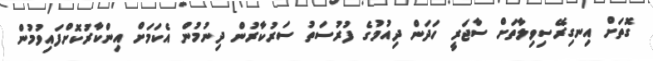
ގޮތަށް އިނގިރޭސިވިލާތަށް ސާޖަރީ ހަދަން ދިއުމުގެ ފުރުސަތު ސަރުކާރުން ދިނުމުން އެކަމަށް އިންކާރުކޮށްފައިވުމުން